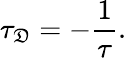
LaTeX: \tau_{\mathfrak{D}}=-{\frac{{1}}{{\tau}}}.